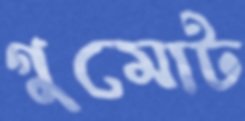
গুমোট